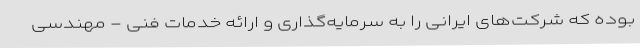
بوده که شرکت‌های ایرانی را به سرمایه‌گذاری و ارائه خدمات فنی - مهندسی